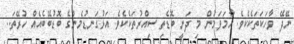
ނޭދޭ ވާހަކަތަކެކެވެ. ހާމަވަމުން މި ދަނީ ބޮޑެތި ސިއްރުތަކެކެވެ. އަޅުގަނޑުމެންގެ ބޮޑުބޭބެއެއް ހުރޭތަ..